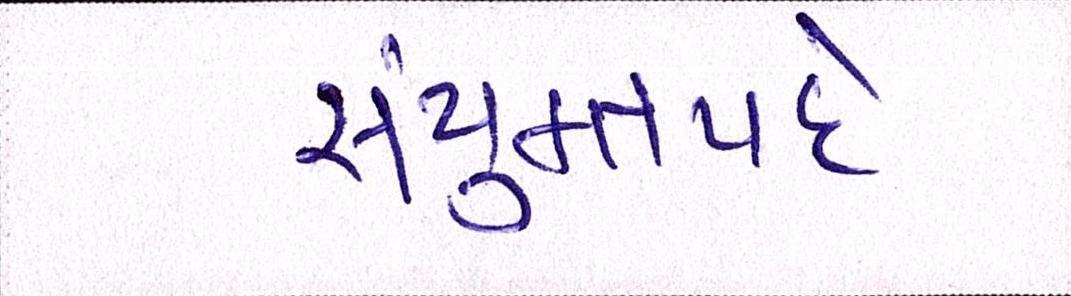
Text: સંયુક્તપદે